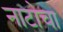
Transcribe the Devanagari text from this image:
नाटोचा